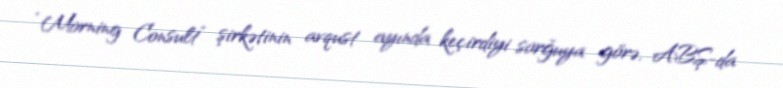
“Morning Consult” şirkətinin avqust ayında keçirdiyi sorğuya görə, ABŞ-da